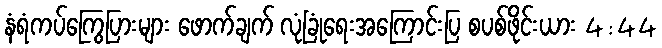
နံရံကပ်ကြွေပြားများ ဖောက်ချက် လုံခြုံရေးအကြောင်းပြ စပစ်ဖိုင်းယား 4:44